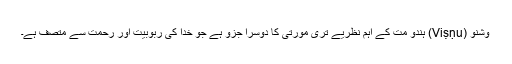
وشنو (Viṣṇu) ہندو مت کے اہم نظریے تری مورتی کا دوسرا جزو ہے جو خدا کی ربوبیت اور رحمت سے متصف ہے۔